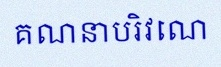
គណនាបរិវេណ